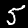
Digit: 5